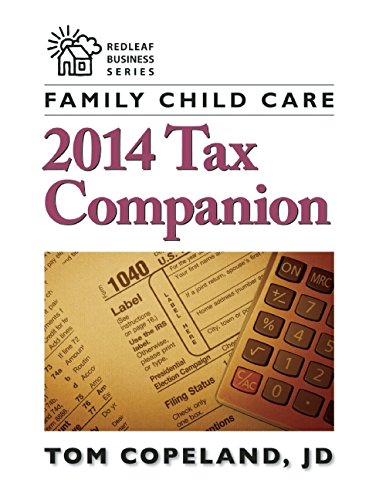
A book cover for Family Child Care 2014 Tax Companion (Redleaf Business Series); Tom Copeland  JD; Business & Money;